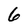
Character: 6